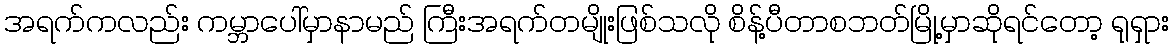
အရက်ကလည်း ကမ္ဘာပေါ်မှာနာမည် ကြီးအရက်တမျိုးဖြစ်သလို စိန့်ပီတာစဘတ်မြို့မှာဆိုရင်တော့ ရုရှား